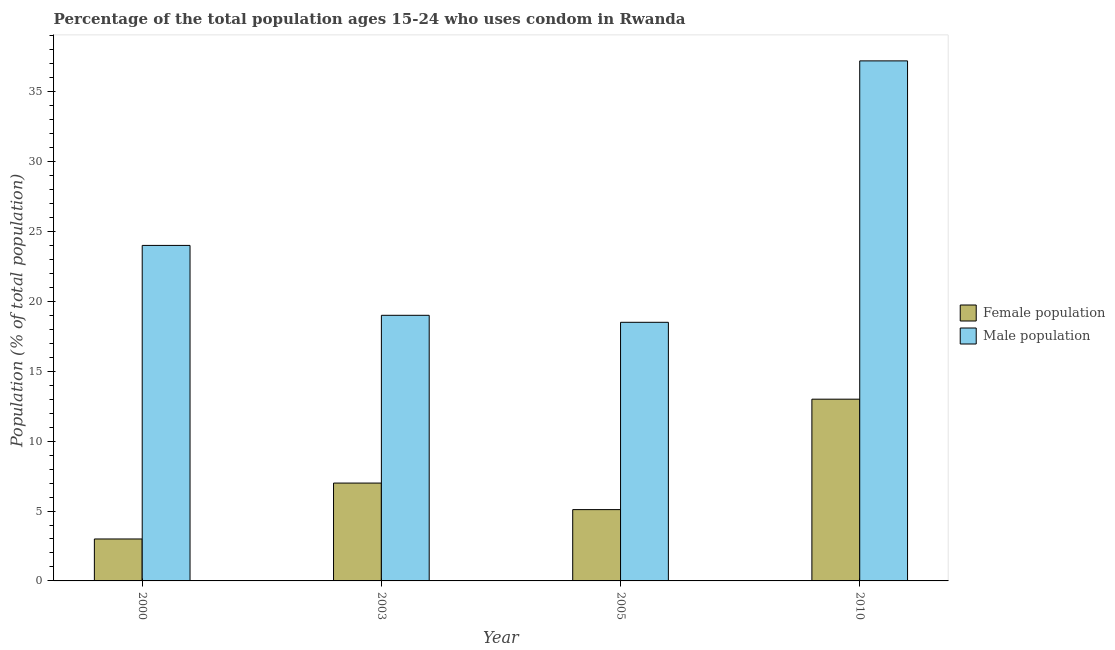
| Year | Female population | Male population |
 | --- | --- | --- |
 | 2000 | 3 | 24 |
 | 2003 | 7 | 19 |
 | 2005 | 5.1 | 18.5 |
 | 2010 | 13 | 37.2 |